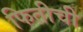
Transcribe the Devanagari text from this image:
फितीची